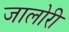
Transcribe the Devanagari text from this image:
जालोरी